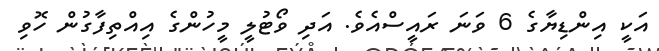
އަކީ އިންޑިޔާގެ 6 ވަނަ ރައީސްއެވެ. އަދި ވޯޓުލީ މީހުންގެ އިއްތިފާގުން ހޮވި